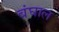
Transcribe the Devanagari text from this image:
बंघाल